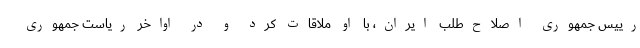
رییس جمهوری اصلاح‌طلب ایران، با او ملاقات کرد و در اواخر ریاست جمهوری